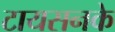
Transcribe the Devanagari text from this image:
टायसनके